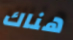
هناك